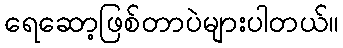
ရေဆော့ဖြစ်တာပဲများပါတယ်။